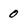
Character: 0